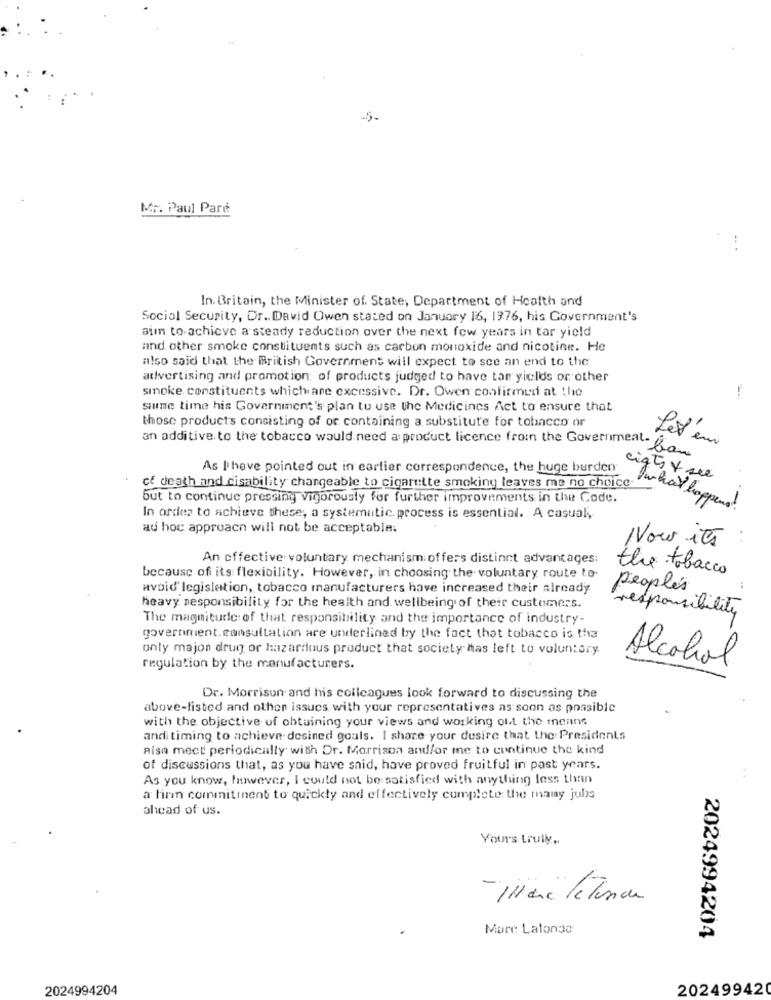
5-
Mr. Paul Pare
In Britain, the Minister of State, Department of Health and
Social Security, Dr. David Owen stated on January 16, 1976, his Government's
aim to achieve a steady reduction over the next few years in tar yield
and other smoke constituents such as carbon monoxide and nicotine. He
also said that the British Government will expect to see an end to the
advertising and promotion of products judged to have tan yields or other
smoke constituents whichane excessive. Dr. Owen confirmer at the
summe time his Government's plan to use the Medicines Act to ensure that
those products consisting of or containing a substitute for tobacco or
Les em
an additive to the tobacco would need a product licence from the Government la
As Ithave pointed out in earlier correspondence, the huge burden
cigts + see
cf death and disability chargeable to cigarette smoking leaves me no choice
but to continue pressing Vigorously for further improvements in the Code.
Twhat happens!
In order to achieve these, a systematic. process is essential. A casual,
ad hoc approach will not be acceptable.
Now its
An effective voluntary mechanism offers distinct advantages:
the tobacco
because of its flexibility. However, in choosing the voluntary route to
avoid legislation, tobacco manufacturers have increased their already
peoples
heavy responsibility for the health and wellbeing of their customers.
responsibility
The magnitude of that responsibility and the importance of industry-
government. consultation are underlined by the fact that tobacco is the
only majon drug or hazardous product that society mas left to voluntary.
Alcohol
regulation by the manufacturers.
Dr. Morrison and his colleagues look forward to discussing the
above-listed and other issues with your representatives as soon as possible
with the objective of ohtuining your views and working out the menns
andi timing to achieve desined gouls. I share your desire that the Presidents
also mect periodically with Dr. Morrison and/or me to continue the kind
of discussions that, as you have said, have proved fruitful in past years.
As you know, however, I could not be satisfied with anything less than
a firm commitment to quickly and effectively complete the mamy juls
ahead of us.
Yours truly ,.
Mure Latonao
2024994204
2024994204
202499420